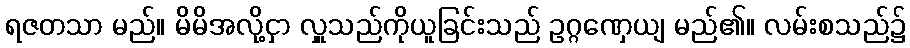
ရဇတသာ မည်။ မိမိအလို့ငှာ လှူသည်ကိုယူခြင်းသည် ဥဂ္ဂဏှေယျ မည်၏။ လမ်းစသည်၌